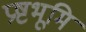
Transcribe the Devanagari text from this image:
प्रष्टभूमि